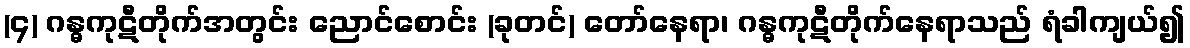
(၄) ဂန္ဓကုဋီတိုက်အတွင်း ညောင်စောင်း (ခုတင်) တော်နေရာ၊ ဂန္ဓကုဋီတိုက်နေရာသည် ရံခါကျယ်၍